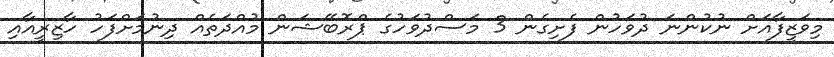
މިވަޒީފާއަށް ނުކުންނަ ދުވަހުން ފެށިގެން 3 މަސްދުވަހުގެ ޕްރޮބޭޝަން މުއްދަތެއް ދިނުމަށްފަހު ހާޒިރީއާއި